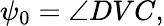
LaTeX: \psi_{0}=\angle DVC,